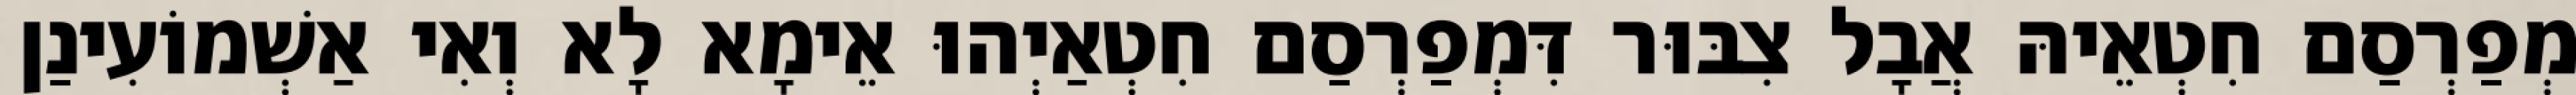
מְפַרְסַם חִטְאֵיהּ אֲבָל צִבּוּר דִּמְפַרְסַם חִטְאַיְהוּ אֵימָא לָא וְאִי אַשְׁמוֹעִינַן